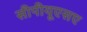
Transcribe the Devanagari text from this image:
सीपीयूएसए